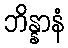
ဘိန္နာနံ